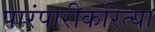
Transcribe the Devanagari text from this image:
पारंपारीकरित्या